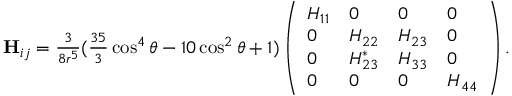
\begin{array} { r } { \mathbf { H } _ { i j } = \frac { 3 } { 8 r ^ { 5 } } ( \frac { 3 5 } { 3 } \cos ^ { 4 } \theta - 1 0 \cos ^ { 2 } \theta + 1 ) \left( \begin{array} { l l l l } { H _ { 1 1 } } & { 0 } & { 0 } & { 0 } \\ { 0 } & { H _ { 2 2 } } & { H _ { 2 3 } } & { 0 } \\ { 0 } & { H _ { 2 3 } ^ { * } } & { H _ { 3 3 } } & { 0 } \\ { 0 } & { 0 } & { 0 } & { H _ { 4 4 } } \end{array} \right) . } \end{array}